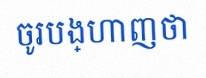
ចូរបង្ហាញថា